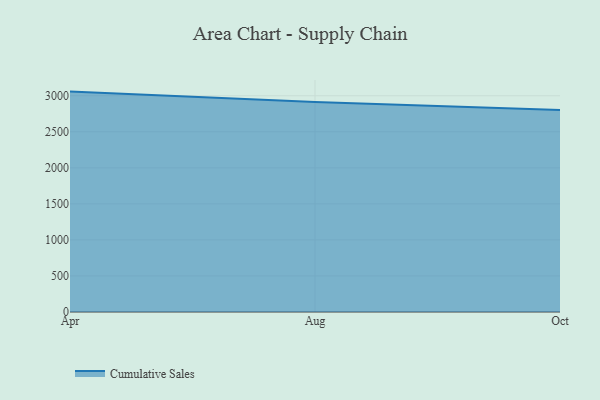
{"axis": {"x": "Month", "y": "Customer Acquisition Cost (USD)"}, "legend": ["Cumulative Sales"], "data": [{"x": "Apr", "y": 3057.4, "type": "Cumulative Sales"}, {"x": "Aug", "y": 2913.5, "type": "Cumulative Sales"}, {"x": "Oct", "y": 2803.1, "type": "Cumulative Sales"}]}